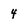
Character: 4